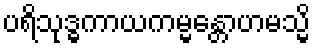
ပရိသုဒ္ဓကာယကမ္မန္တောဟမသ္မိ